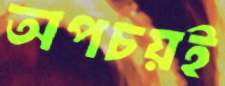
অপচয়ই